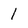
Character: 1